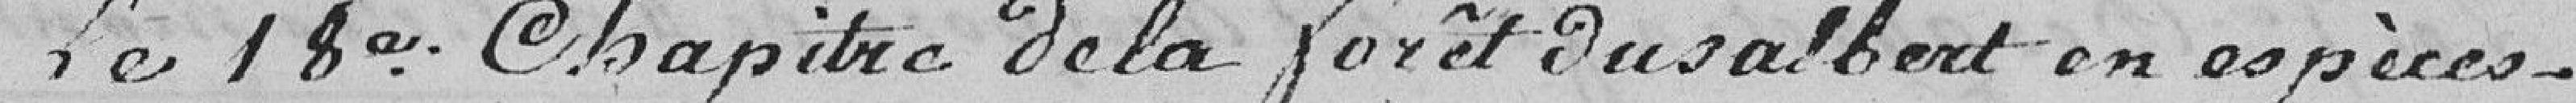
Le 18ème Chapitre de la forêt du Salbert en espèces.